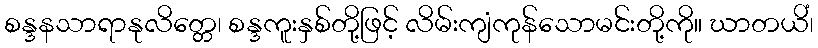
စန္ဒနသာရာနုလိတ္တေ၊ စန္ဒကူးနှစ်တို့ဖြင့် လိမ်းကျံကုန်သောမင်းတို့ကို။ ဃာတယိံ၊